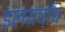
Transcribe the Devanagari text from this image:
इलयच्चि